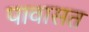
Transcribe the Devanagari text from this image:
पावासत